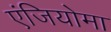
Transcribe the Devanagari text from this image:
एंजियोमा